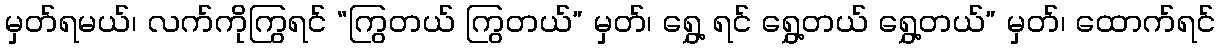
မှတ်ရမယ်၊ လက်ကိုကြွရင် “ကြွတယ် ကြွတယ်” မှတ်၊ ရွှေ့ ရင် ရွှေ့တယ် ရွှေ့တယ်” မှတ်၊ ထောက်ရင်